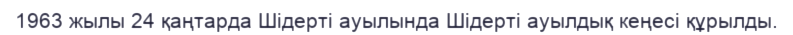
1963 жылы 24 қаңтарда Шідерті ауылында Шідерті ауылдық кеңесі құрылды.